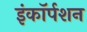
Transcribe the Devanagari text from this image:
इंकॉर्पशन